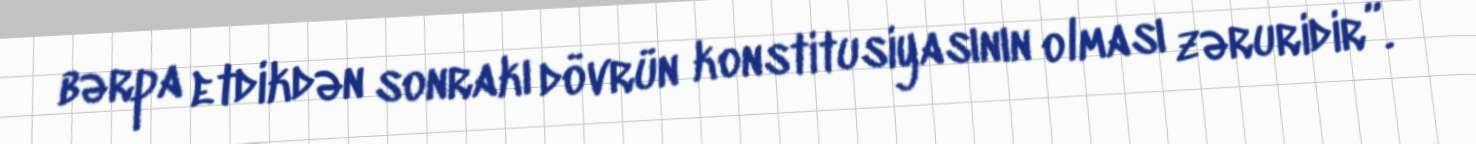
bərpa etdikdən sonrakı dövrün konstitusiyasının olması zəruridir”.